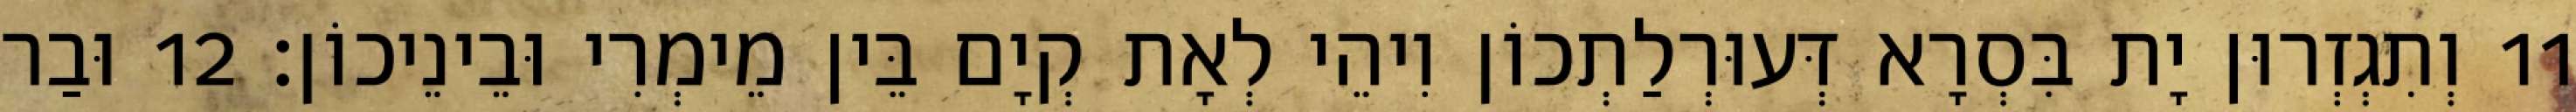
11 וְתִגְזְרוּן יָת בִּסְרָא דְּעוּרְלַתְכוֹן וִיהֵי לְאָת קְיָם בֵּין מֵימְרִי וּבֵינֵיכוֹן׃ 12 וּבַר